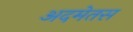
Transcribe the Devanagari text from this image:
अदमेतस